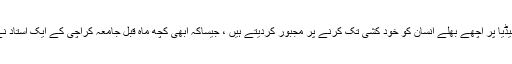
ہم تو سماجی میڈیا پر اچھے بھلے انسان کو خود کشی تک کرنے پر مجبور کردیتے ہیں ، جیساکہ ابھی کچھ ماہ قبل جامعہ کراچی کے ایک استاد نے ایسا کیاہے ۔